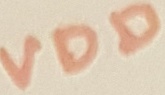
Text: VDD